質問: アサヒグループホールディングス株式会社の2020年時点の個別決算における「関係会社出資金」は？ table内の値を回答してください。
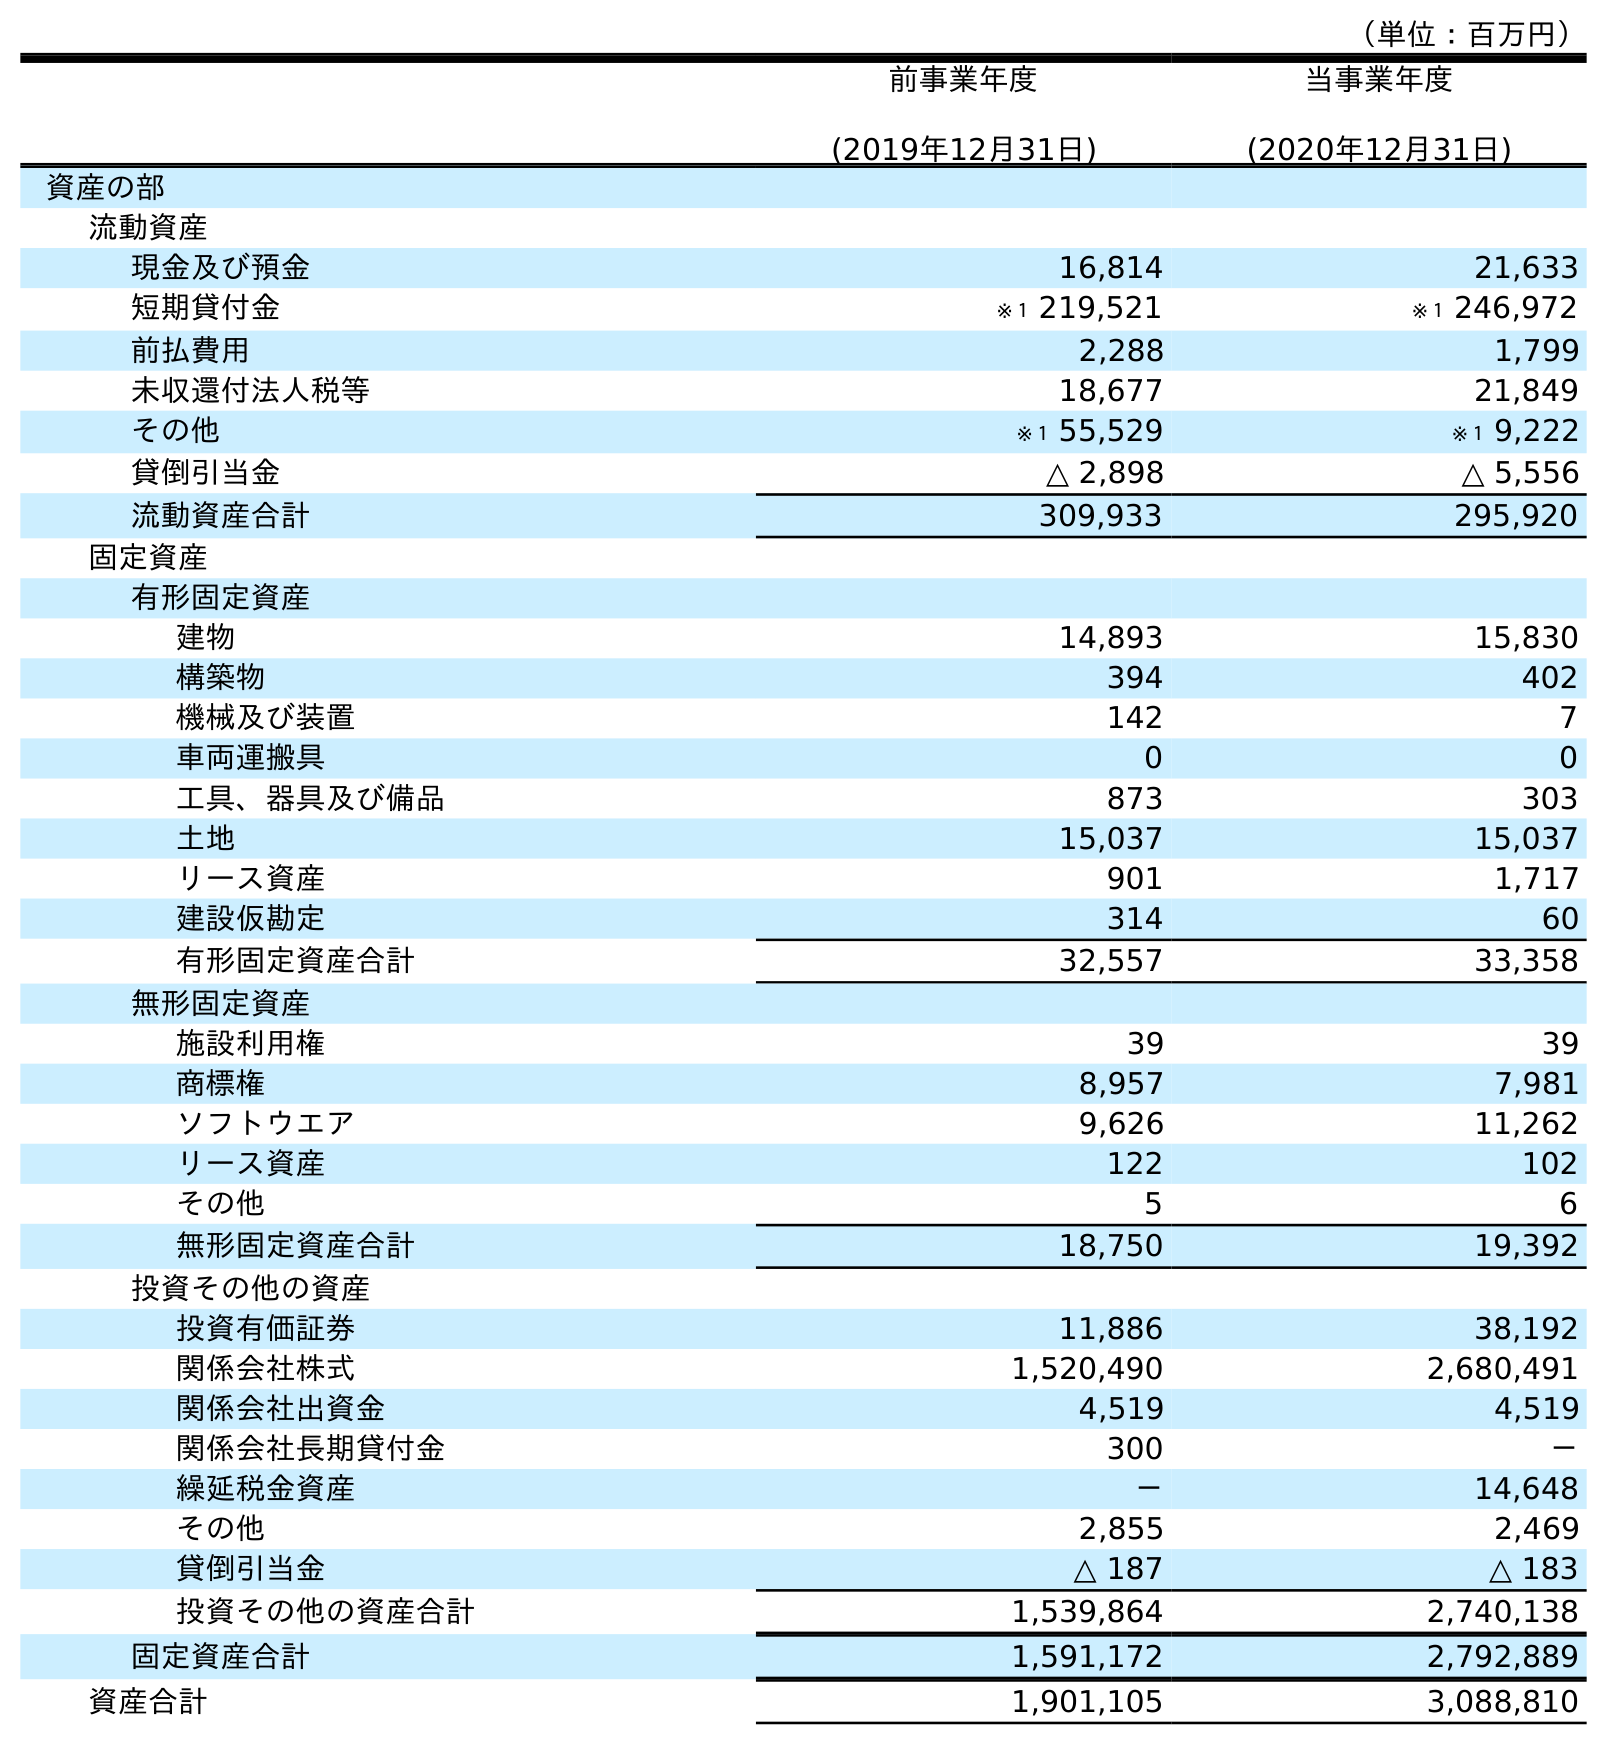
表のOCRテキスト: （単位：百万円） 前事業年度 (2019年12月31日) 当事業年度 (2020年12月31日) 資産の部 流動資産 現金及び預金 16,814 21,633 短期貸付金 ※１ 219,521 ※１ 246,972 前払費用 2,288 1,799 未収還付法人税等 18,677 21,849 その他 ※１ 55,529 ※１ 9,222 貸倒引当金 △ 2,898 △ 5,556 流動資産合計 309,933 295,920 固定資産 有形固定資産 建物 14,893 15,830 構築物 394 402 機械及び装置 142 7 車両運搬具 0 0 工具、器具及び備品 873 303 土地 15,037 15,037 リース資産 901 1,717 建設仮勘定 314 60 有形固定資産合計 32,557 33,358 無形固定資産 施設利用権 39 39 商標権 8,957 7,981 ソフトウエア 9,626 11,262 リース資産 122 102 その他 5 6 無形固定資産合計 18,750 19,392 投資その他の資産 投資有価証券 11,886 38,192 関係会社株式 1,520,490 2,680,491 関係会社出資金 4,519 4,519 関係会社長期貸付金 300 － 繰延税金資産 － 14,648 その他 2,855 2,469 貸倒引当金 △ 187 △ 183 投資その他の資産合計 1,539,864 2,740,138 固定資産合計 1,591,172 2,792,889 資産合計 1,901,105 3,088,810
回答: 4,519